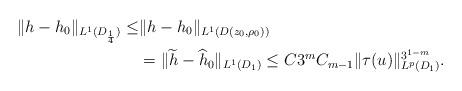
LaTeX: \begin{align*}\|{h}-{h_0}\|_{L^1(D_{\frac{1}{4}})}\leq& \|{h}-{h_0}\|_{L^1(D\left(z_0,\rho_0\right))}\\&=\|\widetilde{h}-\widehat{h}_0\|_{L^1(D_{1})} \leq C3^{m}C_{m-1}\|\tau(u)\|_{L^p(D_{1})}^{3^{1-m}}.\end{align*}